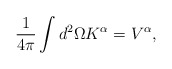
\begin{align*}\frac{1}{4\pi}\int d^{2}\Omega K^{\alpha}=V^{\alpha},\end{align*}